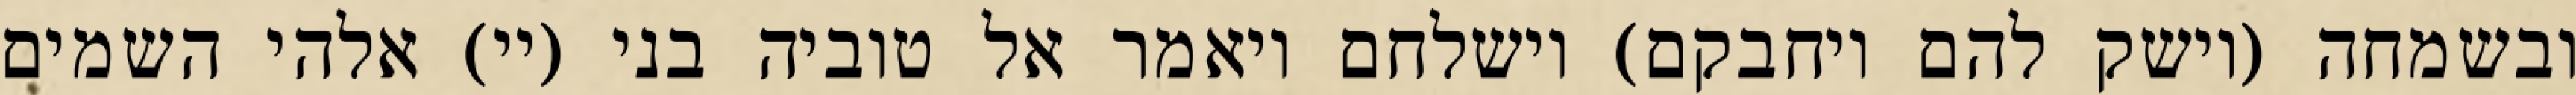
ובשמחה (וישק להם ויחבקם) וישלחם ויאמר אל טוביה בני (יי) אלהי השמים